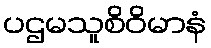
ပဌမသူစိဝိမာနံ